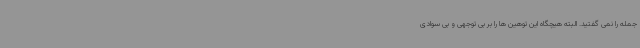
جمله را نمی گفتید. البته هیچگاه این توهین ها را بر بی توجهی و بی سوادی